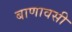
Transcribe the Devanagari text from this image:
बाणावसी